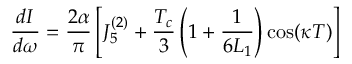
\frac { d I } { d \omega } = \frac { 2 \alpha } { \pi } \left[ J _ { 5 } ^ { ( 2 ) } + \frac { T _ { c } } { 3 } \left( 1 + \frac { 1 } { 6 L _ { 1 } } \right) \cos ( \kappa T ) \right]